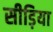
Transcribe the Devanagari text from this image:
सीड़िया